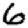
Digit: 6